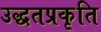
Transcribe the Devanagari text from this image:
उद्धतप्रकृति